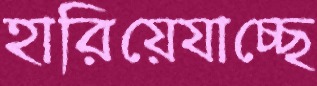
হারিয়েযাচ্ছে